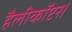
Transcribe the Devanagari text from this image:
हैलीकॉप्टर।